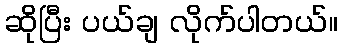
ဆိုပြီး ပယ်ချ လိုက်ပါတယ်။